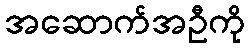
အဆောက်အဦကို